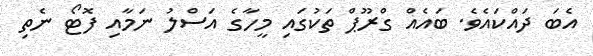
އެބަ ދައްކައެވެ. ބައެއް ގްރޫޕް ތަކުގައި މީހާގެ އަސްލު ނަމާއި ފޮޓޯ ނެތި